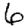
Digit: 6